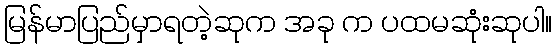
မြန်မာပြည်မှာရတဲ့ဆုက အခု က ပထမဆုံးဆုပါ။